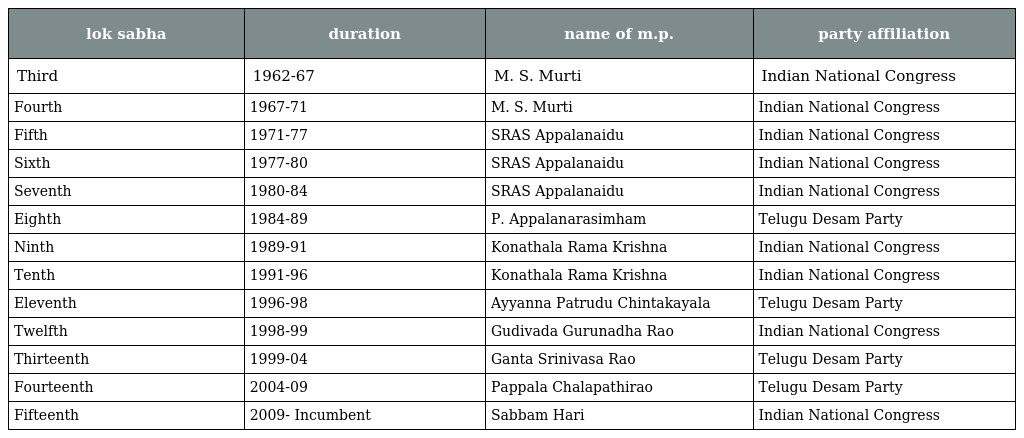
| lok sabha | duration | name of m.p. | party affiliation |
 | --- | --- | --- | --- |
 | Third | 1962-67 | M. S. Murti | Indian National Congress |
 | Fourth | 1967-71 | M. S. Murti | Indian National Congress |
 | Fifth | 1971-77 | SRAS Appalanaidu | Indian National Congress |
 | Sixth | 1977-80 | SRAS Appalanaidu | Indian National Congress |
 | Seventh | 1980-84 | SRAS Appalanaidu | Indian National Congress |
 | Eighth | 1984-89 | P. Appalanarasimham | Telugu Desam Party |
 | Ninth | 1989-91 | Konathala Rama Krishna | Indian National Congress |
 | Tenth | 1991-96 | Konathala Rama Krishna | Indian National Congress |
 | Eleventh | 1996-98 | Ayyanna Patrudu Chintakayala | Telugu Desam Party |
 | Twelfth | 1998-99 | Gudivada Gurunadha Rao | Indian National Congress |
 | Thirteenth | 1999-04 | Ganta Srinivasa Rao | Telugu Desam Party |
 | Fourteenth | 2004-09 | Pappala Chalapathirao | Telugu Desam Party |
 | Fifteenth | 2009- Incumbent | Sabbam Hari | Indian National Congress |